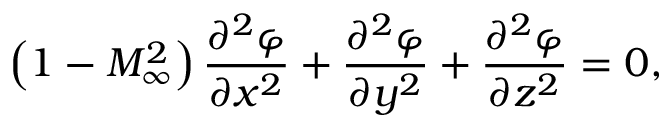
\left( 1 - M _ { \infty } ^ { 2 } \right) { \frac { \partial ^ { 2 } \varphi } { \partial x ^ { 2 } } } + { \frac { \partial ^ { 2 } \varphi } { \partial y ^ { 2 } } } + { \frac { \partial ^ { 2 } \varphi } { \partial z ^ { 2 } } } = 0 ,